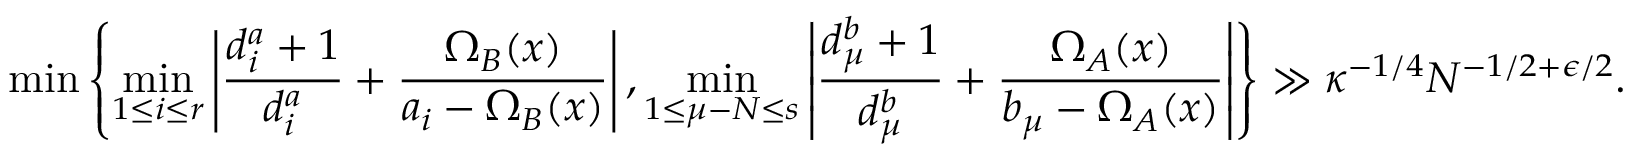
\operatorname* { m i n } \left\{ \operatorname* { m i n } _ { 1 \leq i \leq r } \left| \frac { d _ { i } ^ { a } + 1 } { d _ { i } ^ { a } } + \frac { \Omega _ { B } ( x ) } { a _ { i } - \Omega _ { B } ( x ) } \right| , \operatorname* { m i n } _ { 1 \leq \mu - N \leq s } \left| \frac { d _ { \mu } ^ { b } + 1 } { d _ { \mu } ^ { b } } + \frac { \Omega _ { A } ( x ) } { b _ { \mu } - \Omega _ { A } ( x ) } \right| \right\} \gg \kappa ^ { - 1 / 4 } N ^ { - 1 / 2 + \epsilon / 2 } .